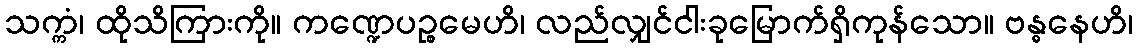
သက္ကံ၊ ထိုသိကြားကို။ ကဏ္ဍေပဉ္စမေဟိ၊ လည်လျှင်ငါးခုမြောက်ရှိကုန်သော။ ဗန္ဓနေဟိ၊